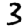
Digit: 3